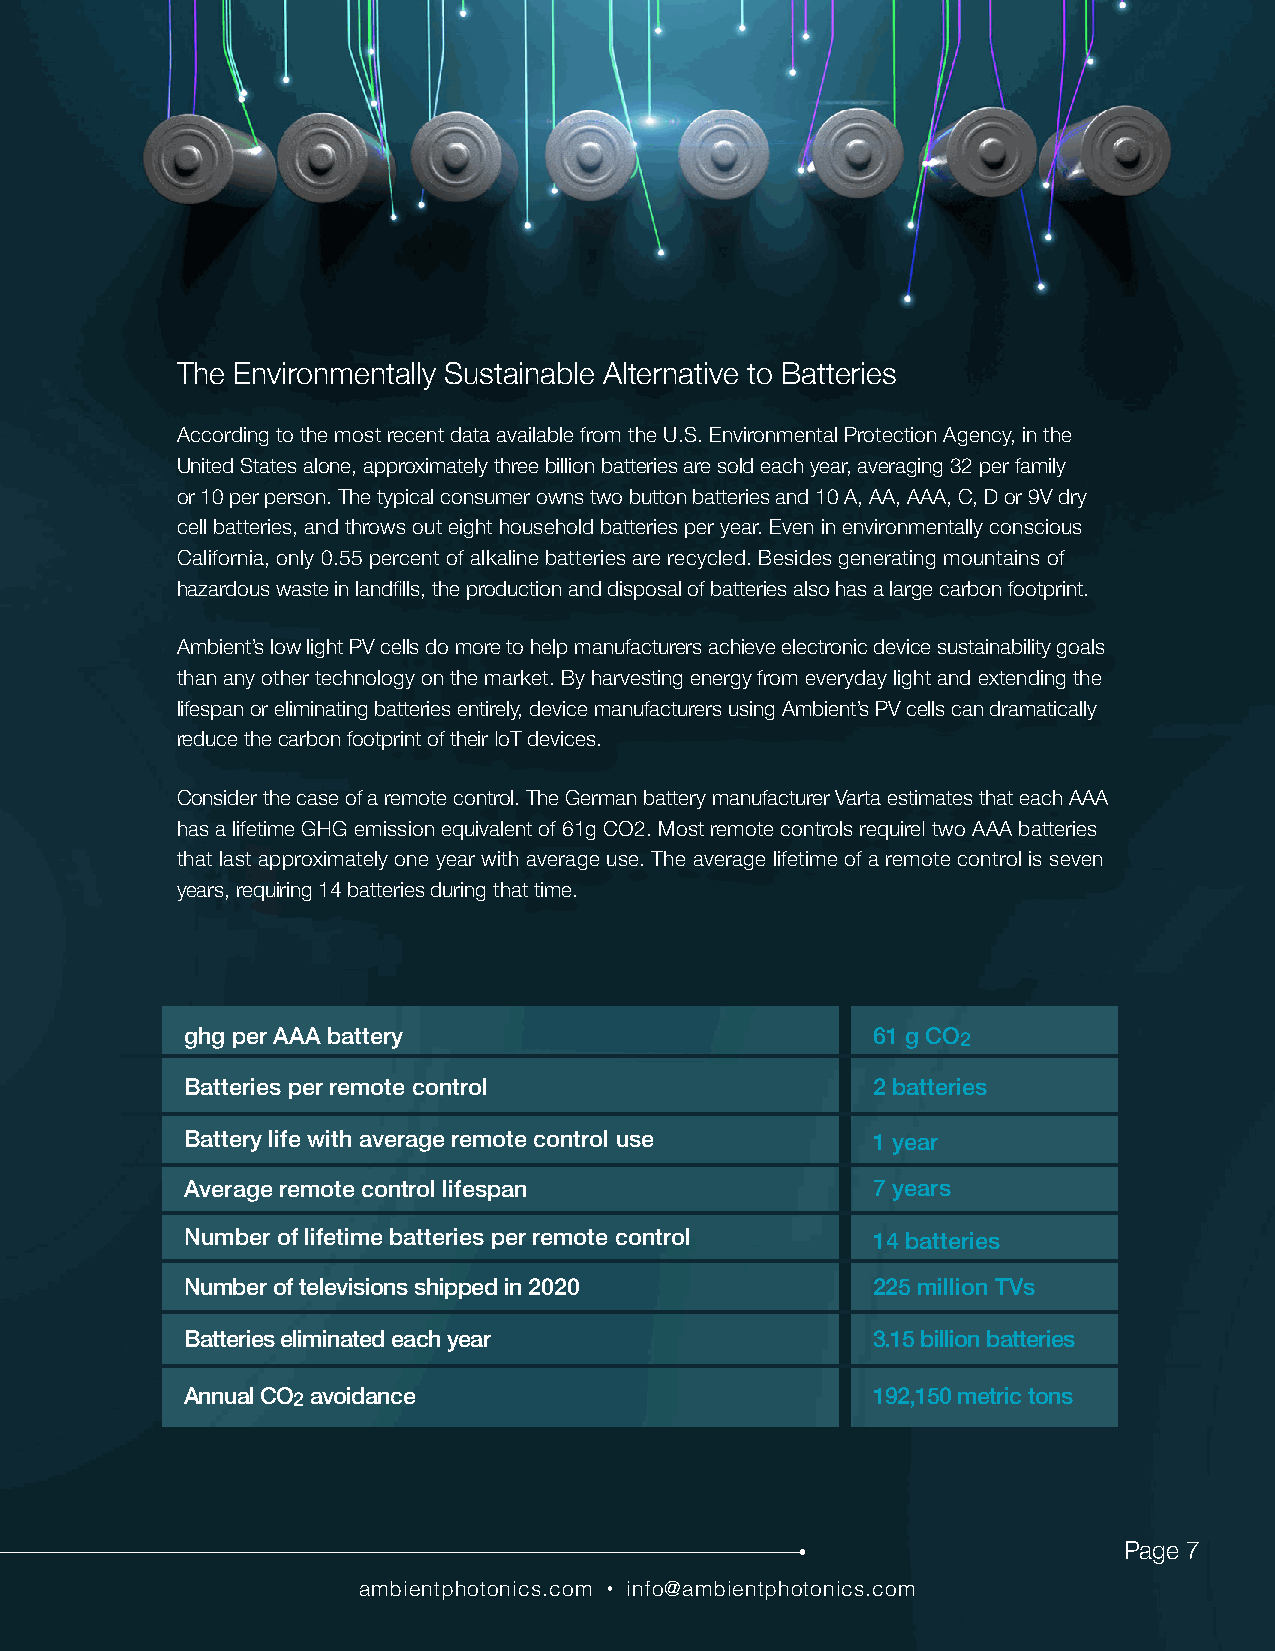
TECHNOLOGY  BRIEF
 The Environmentally Sustainable Alternative to Batteries
 According to the most recent data available from the U.S. Environmental Protection Agency, in the
 United States alone, approximately three billion batteries are sold each year, averaging 32 per family
 or 10 per person. The typical consumer owns two button batteries and 10 A, AA, AAA, C, D or 9V dry
 cell batteries, and throws out eight household batteries per year. Even in environmentally conscious
 California, only 0.55 percent of alkaline batteries are recycled. Besides generating mountains of
 hazardous waste in landfills, the production and disposal of batteries also has a large carbon footprint.
 Ambient’s low light PV cells do more to help manufacturers achieve electronic device sustainability goals
 than any other technology on the market. By harvesting energy from everyday light and extending the
 lifespan or eliminating batteries entirely, device manufacturers using Ambient’s PV cells can dramatically
 reduce the carbon footprint of their IoT devices.
 Consider the case of a remote control. The German battery manufacturer Varta estimates that each AAA
 has a lifetime GHG emission equivalent of 61g CO2. Most remote controls requireI two AAA batteries
 that last approximately one year with average use. The average lifetime of a remote control is seven
 years, requiring 14 batteries during that time.
 ghg per AAA battery                           61 g CO2
 Batteries per remote control                  2 batteries
 Battery life with average remote control use  1 year
 Average remote control lifespan               7 years
 Number of lifetime batteries per remote control 14 batteries
 Number of televisions shipped in 2020         225 million TVs
 Batteries eliminated each year                3.15 billion batteries
 Annual CO2 avoidance                          192,150 metric tons
 Page 7
 ambientphotonics.com • info@ambientphotonics.com